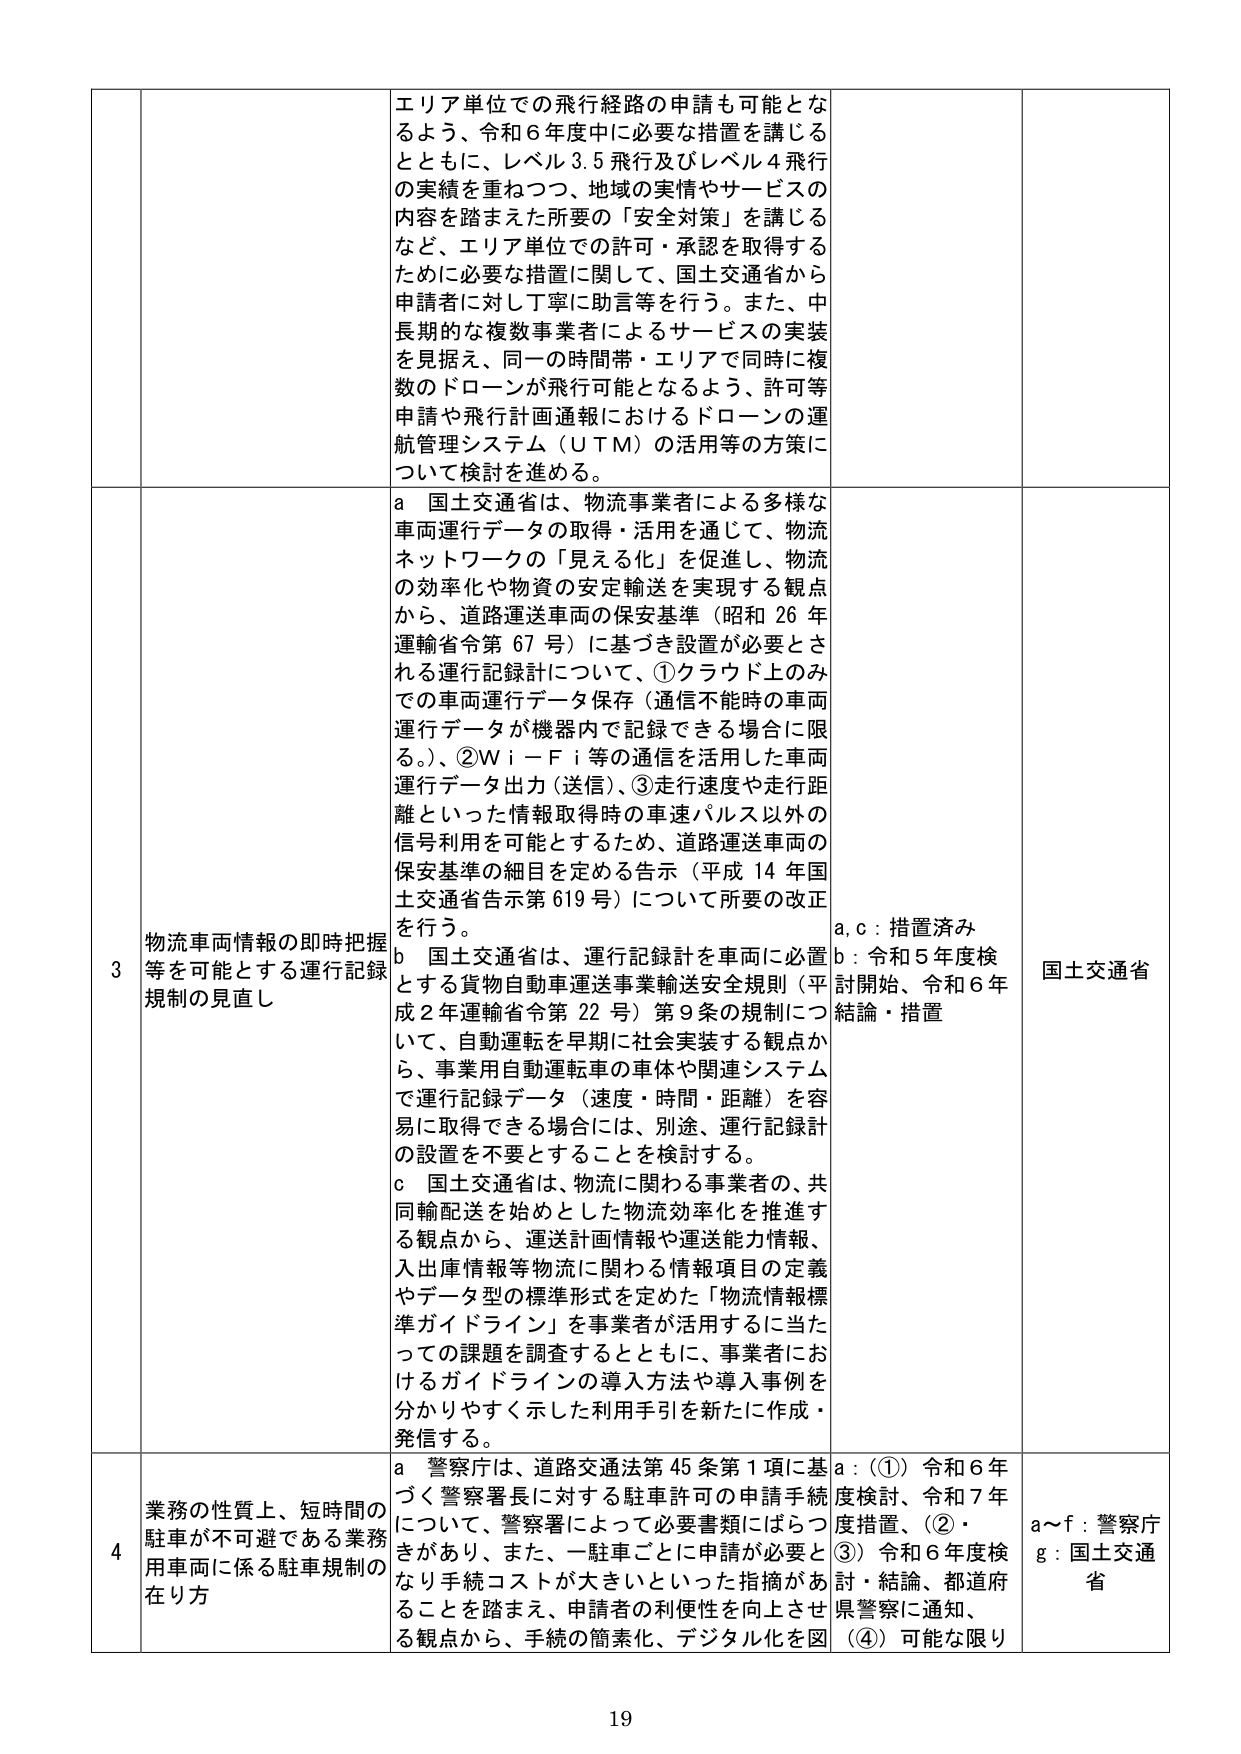
エリア単位での飛行経路の申請も可能となるよう、令和６年度中に必要な措置を講じるとともに、レベル3.5飛行及びレベル4飛行の実績を重ねつつ、地域の実情やサービスの内容を踏まえた所要の「安全対策」を講じるなど、エリア単位での許可・承認を取得するために必要な措置に関して、国土交通省から申請者に対し丁寧に助言等を行う。また、中長期的な複数事業者によるサービスの実装を見据え、同一の時間帯・エリアで同時に複数のドローンが飛行可能となるよう、許可等申請や飛行計画通報におけるドローンの運航管理システム（UTM）の活用等の方策について検討を進める。

3 物流車両情報の即時把握等を可能とする運行記録規制の見直し
a 国土交通省は、物流事業者による多様な車両運行データの取得・活用を通じて、物流ネットワークの「見える化」を促進し、物流の効率化や物資の安定輸送を実現する観点から、道路運送車両の保安基準（昭和26年運輸省令第67号）に基づき設置が必要とされる運行記録計について、①クラウド上のみでの車両運行データ保存（通信不能時の車両運行データが機器内で記録できる場合に限る。）、②Wi-Fi等の通信を活用した車両運行データ出力（送信）、③走行速度や走行距離といった情報取得時の車速パルス以外の信号利用を可能とするため、道路運送車両の保安基準の細目を定める告示（平成14年国土交通省告示第619号）について所要の改正を行う。
b 国土交通省は、運行記録計を車両に必置とする貨物自動車運送事業輸送安全規則（平成2年運輸省令第22号）第9条の規制について、自動運転を早期に社会実装する観点から、事業用自動運転車の車体や関連システムで運行記録データ（速度・時間・距離）を容易に取得できる場合には、別途、運行記録計の設置を不要とすることを検討する。
c 国土交通省は、物流に関わる事業者の、共同輸配送を始めとした物流効率化を推進する観点から、運送計画情報や運送能力情報、入出庫情報等物流に関わる情報項目の定義やデータ型の標準形式を定めた「物流情報標準ガイドライン」を事業者が活用するに当たっての課題を調査するとともに、事業者におけるガイドラインの導入方法や導入事例を分かりやすく示した利用手引を新たに作成・発信する。

a,c：措置済み
b：令和5年度検討開始、令和6年結論・措置
国土交通省

4 業務の性質上、短時間の駐車が不可避である業務用車両に係る駐車規制の在り方
a 警察庁は、道路交通法第45条第1項に基づく警察署長に対する駐車許可の申請手続について、警察署によって必要書類にばらつきがあり、また、一駐車ごとに申請が必要となり手続コストが大きいといった指摘があることを踏まえ、申請者の利便性を向上させる観点から、手続の簡素化、デジタル化を図

a：（①）令和6年度検討、令和7年度措置、（②・③）令和6年度検討・結論、都道府県警察に通知、（④）可能な限り
a～f：警察庁
g：国土交通省

19